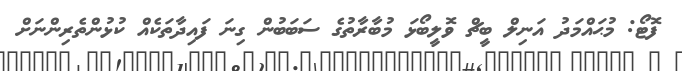
ފޮޓޯ: މުޙައްމަދު އަނިލް ބީޗް ވޮލީބޯޅަ މުބާރާތުގެ ސަބަބުން ގިނަ ފައިދާތަކެއް ކުޅުންތެރިންނަށް